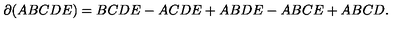
\partial ( A B C D E ) = B C D E - A C D E + A B D E - A B C E + A B C D .